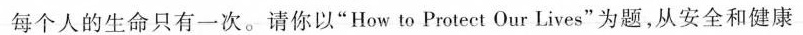
每个人的生命只有一次。请你以”How to Protect Our Lives”为题，从安全和健康